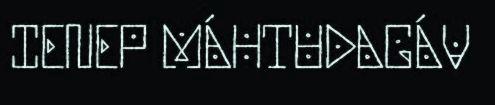
IENEP MÁHTUDAGÁV